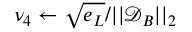
\nu _ { 4 } \leftarrow \sqrt { e _ { L } } / | | \mathcal { D } _ { B } | | _ { 2 }